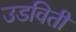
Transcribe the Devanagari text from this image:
उडविती